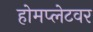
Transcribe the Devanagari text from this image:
होमप्लेटवर